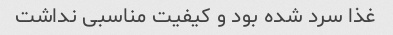
غذا سرد شده بود و کیفیت مناسبی نداشت